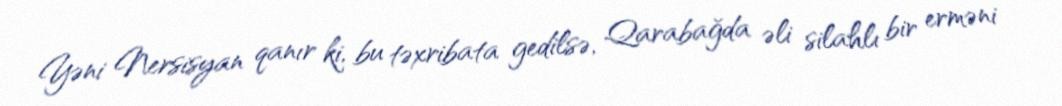
Yəni Nersisyan qanır ki, bu təxribata gedilsə, Qarabağda əli silahlı bir erməni